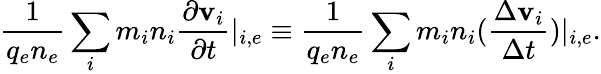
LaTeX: \frac{1}{q_{e}n_{e}}\sum_{i}m_{i}n_{i}\frac{\partial\textbf{v}_{i}}{\partial t}|_{i,e}\equiv\frac{1}{q_{e}n_{e}}\sum_{i}m_{i}n_{i}(\frac{\Delta\textbf{v}_{i}}{\Delta t})|_{i,e}.